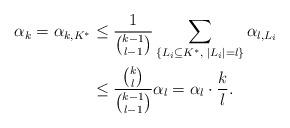
LaTeX: \begin{align*} \alpha_k = \alpha_{k,K^{*}} & \leq \frac{1}{\binom{k-1}{l-1}} \sum_{ \{L_i \subseteq K^{*},\; |L_i|=l\} } \alpha_{l,L_i}\\ & \leq \frac{\binom{k}{l}}{\binom{k-1}{l-1}} \alpha_l = \alpha_l \cdot \frac{k}{l}.\end{align*}